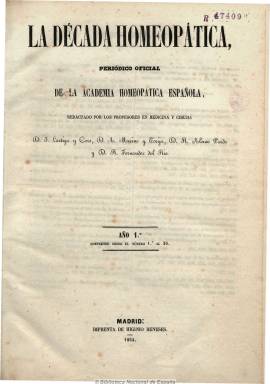
Título: La Década homeopática
Colección: Homeopatía || Periódicos
Ámbito geográfico: Madrid
Lugar de publicación: Madrid
Fechas: 10/01/1854-28/02/1857

Periódico oficial de la Academia Homeopática Española, constituida el 31 de mayo de 1853. Con una periodicidad semanal, estuvo saliendo los días 12, 20 y 30 de cada mes en números de ocho páginas. Estuvo redactado por los profesores en medicina y cirugía Juan Lartiga Cors, Pedro de Aróstegui, Pío Hernández, A. Merino y Torija, R. Alonso Pardo, R. Fernández del Río, Martín Sacristán y B. Sacristán, entre otros. Dedicado a la propaganda de las doctrinas de Samuel Hahnemann por parte de sus discípulos españoles, dio cuenta en su sección oficial del reglamento, acuerdos y actividades de la citada academia, junto a artículos doctrinales, algunos de ellos traducciones, y otros sobre el estudio de enfermedades y sus tratamientos homeopáticos. También cuenta con una sección de variedades y en sus páginas se recogen las distintas y vivas polémicas suscitadas entre la prensa médica de la época, en torno a la homeopatía y la alopatía.